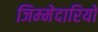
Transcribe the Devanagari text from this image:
जिम्‍मेदारियों